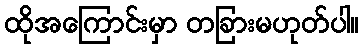
ထိုအကြောင်းမှာ တခြားမဟုတ်ပါ။